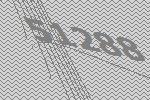
51288